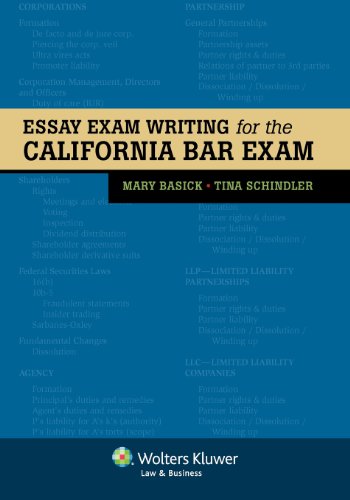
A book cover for Essay Exam Writing for the California Bar Exam; Mary Basick; Test Preparation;